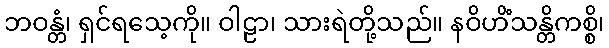
ဘဝန္တံ၊ ရှင်ရသေ့ကို။ ဝါဠာ၊ သားရဲတို့သည်။ နဝိဟိံသန္တိကစ္စိ၊